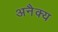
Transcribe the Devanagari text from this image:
अनैक्य